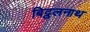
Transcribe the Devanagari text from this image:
बिट्ठलनाथ